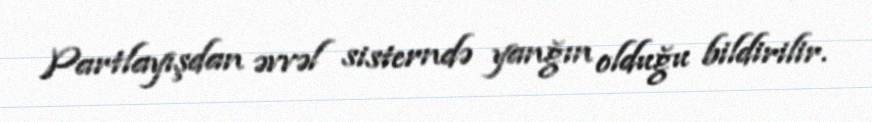
Partlayışdan əvvəl sisterndə yanğın olduğu bildirilir.